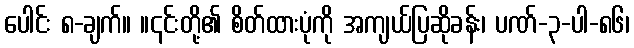
ပေါင်း ၈-ချက်။ ။၎င်းတို့၏ စိတ်ထားပုံကို အကျယ်ပြဆိုခန်း၊ ပဏ်-၃-ပါ-၈၆၊